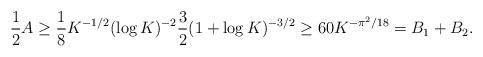
LaTeX: \begin{align*}\frac12A\ge \frac18K^{-1/2}(\log K)^{-2}\frac32(1+\log K)^{-3/2}\ge 60 K^{-\pi^2/18}=B_1+B_2.\end{align*}